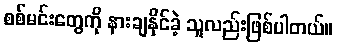
စစ်မင်းတွေကို နားချနိုင်ခဲ့ သူလည်းဖြစ်ပါတယ်။